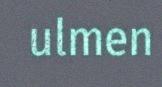
ulmen